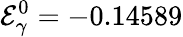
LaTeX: \mathcal{E}_{\gamma}^{0}=-0.14589